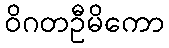
ဝိဂတဦမိကော